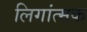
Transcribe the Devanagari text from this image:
लिगांत्मक